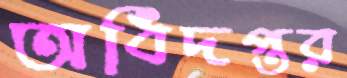
অধিদপ্তর